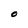
Character: O